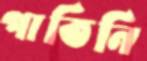
পাতিনি